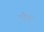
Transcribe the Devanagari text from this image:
मौतो